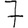
Digit: 7